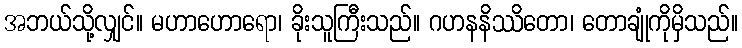
အဘယ်သို့လျှင်။ မဟာဟောရော၊ ခိုးသူကြီးသည်။ ဂဟနနိဿိတော၊ တောချုံကိုမှိသည်။